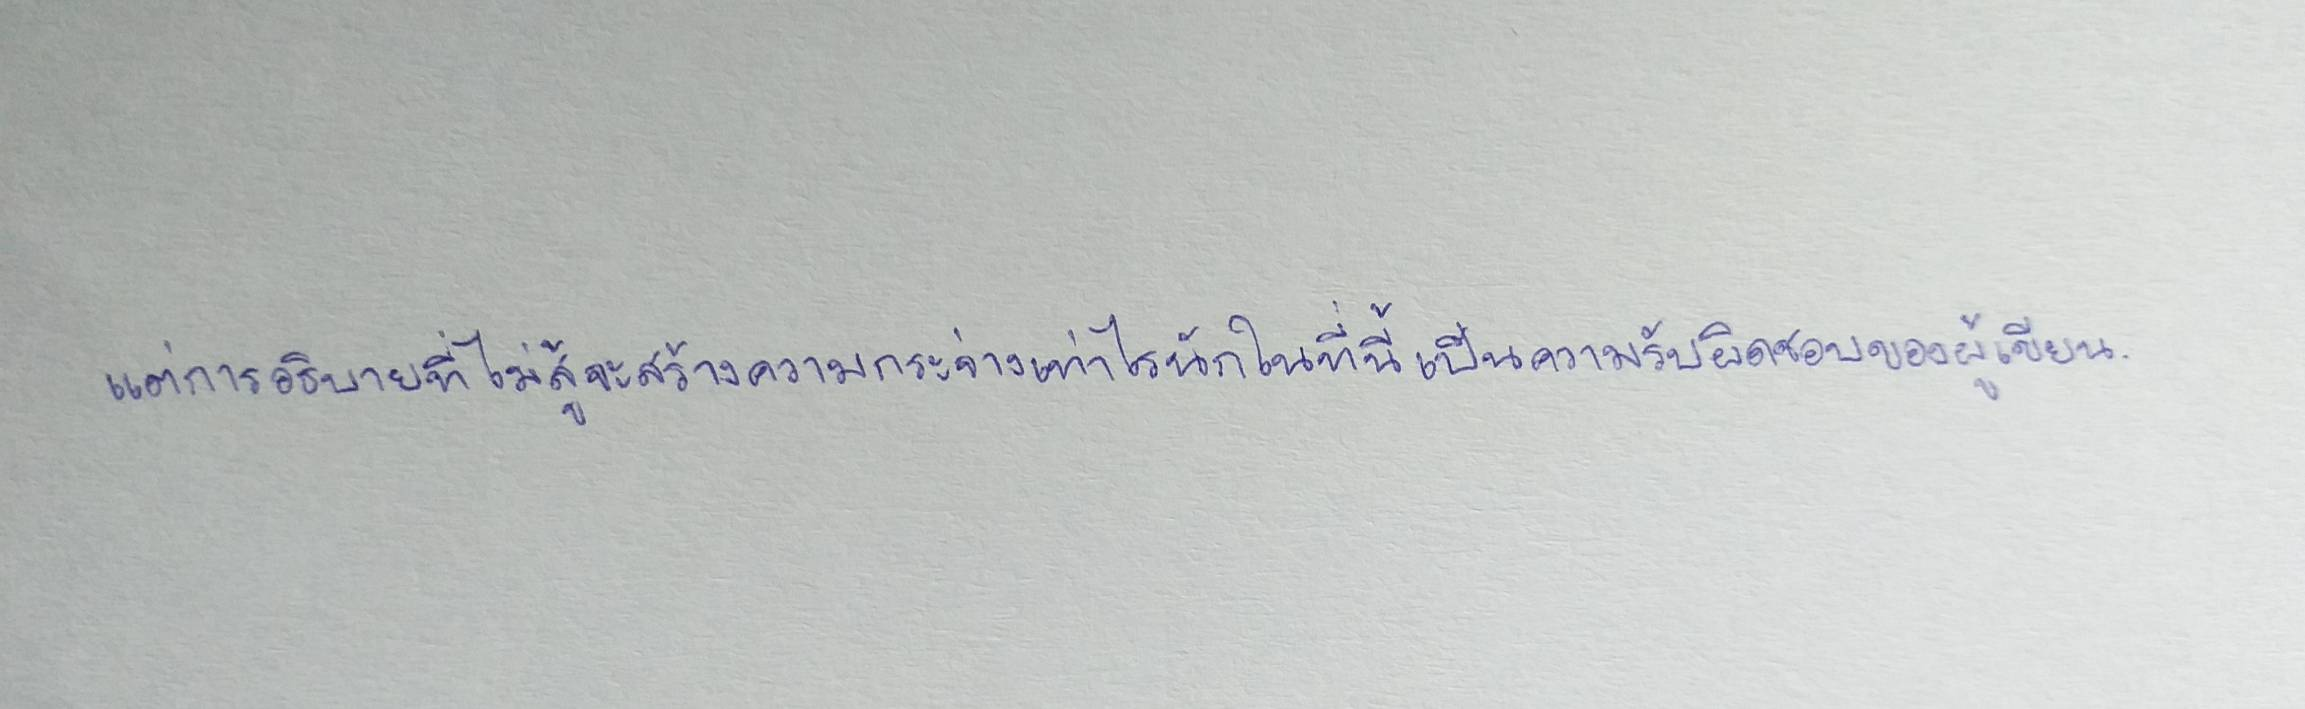
แต่การอธิบายที่ไม่สู้จะสร้างความกระจ่างเท่าไรนักในที่นี้เป็นความรับผิดชอบของผู้เขียน.